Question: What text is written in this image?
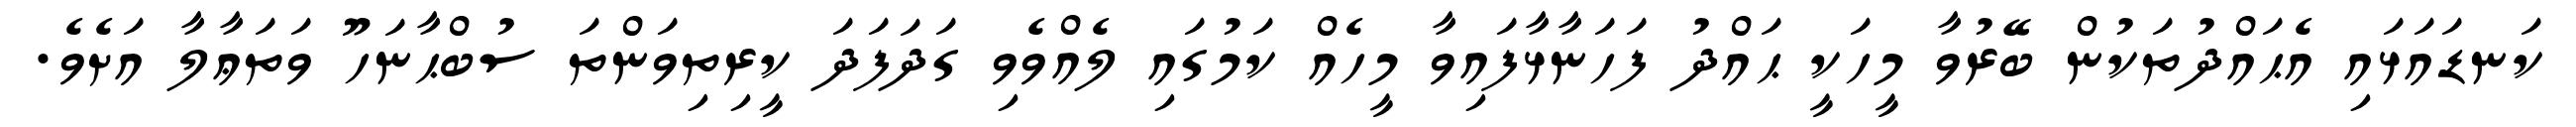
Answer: ކަނޑައަޅައި އެޙައްދުތަކުން ބޭރުވާ މީހަކީ ޙައްދު ފަހަނާޅާފައިވާ މީހެއް ކަމުގައި ލެއްވެވި ގަދަފަދަ ކީރިތިވަންތަ ސުބްޙާނަހޫ ވަތަޢާލާ އަށެވެ.